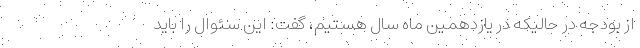
از بودجه در حالیکه در یازدهمین ماه سال هستیم، گفت: این سئوال را باید